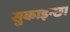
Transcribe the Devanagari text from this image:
सुकाइन्छ।